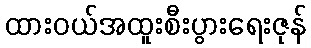
ထားဝယ်အထူးစီးပွားရေးဇုန်